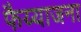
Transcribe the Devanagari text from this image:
फैय्याजना